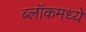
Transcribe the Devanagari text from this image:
ब्लॉकमध्‍ये